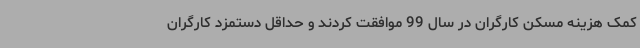
کمک هزینه مسکن کارگران در سال 99 موافقت کردند و حداقل دستمزد کارگران